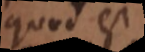
quod si